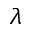
\lambda